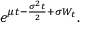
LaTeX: e ^ { \mu t - { \frac { \sigma ^ { 2 } t } { 2 } } + \sigma W _ { t } } .